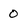
Character: 0